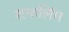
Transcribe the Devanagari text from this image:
शफलिंग